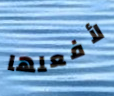
لأفعلها